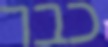
כבר